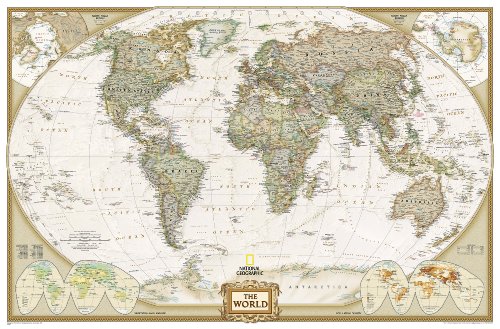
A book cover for World Executive Political Wall Map (Enlarged Size & Tubed World Map); National Geographic Maps - Reference; Reference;